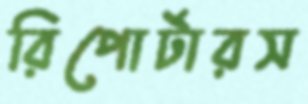
রিপোর্টারস